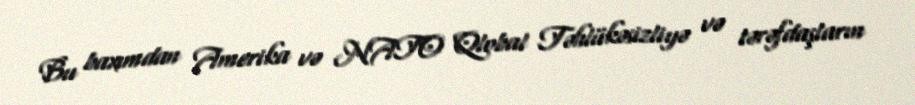
Bu baxımdan Amerika və NATO Qlobal Təhlükəsizliyə və tərəfdaşların